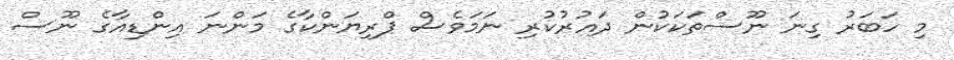
މި ހަބަރު ގިނަ ނޫސްތަކަކުން ދައުރުކުރި ނަމަވެސް ޕްރިޔަންކާގެ މަންނަ އިންޑިއާގެ ނޫސް